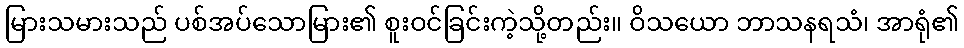
မြားသမားသည် ပစ်အပ်သောမြား၏ စူးဝင်ခြင်းကဲ့သို့တည်း။ ဝိသယော ဘာသနရသံ၊ အာရုံ၏